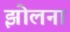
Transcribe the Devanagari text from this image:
झोलना